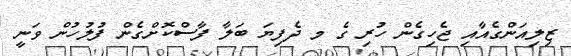
ޒިލިއަންގެއާއި ޖެހިގެން ހުރި ގެ މ ދެފިޔަ ބަލާ ފާސްކޮށްގެން ފުލުހުން ވަނީ